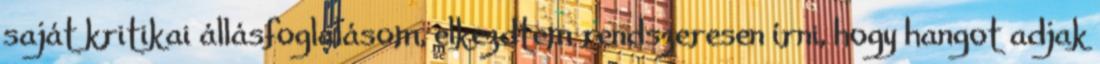
saját kritikai állásfoglalásom, elkezdtem rendszeresen ír­­ni, hogy hangot adjak